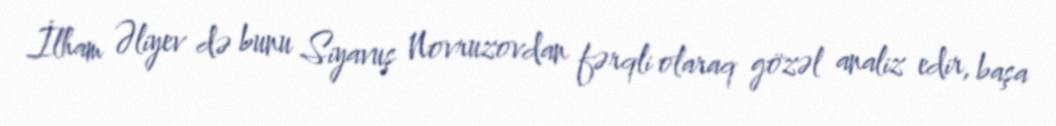
İlham Əliyev də bunu Siyavuş Novruzovdan fərqli olaraq gözəl analiz edir, başa